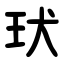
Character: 㺴